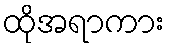
ထိုအရာကား